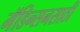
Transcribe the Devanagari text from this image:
मॅडिन्सनसाठी